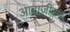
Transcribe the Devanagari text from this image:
आबाजीराव